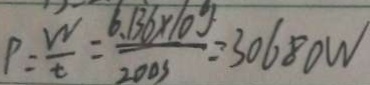
P = \frac { W } { t } = \frac { 6 . 1 3 6 \times 1 0 g } { 2 0 0 3 } = 3 0 6 8 0 W